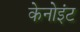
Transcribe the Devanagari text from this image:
केनोइंट